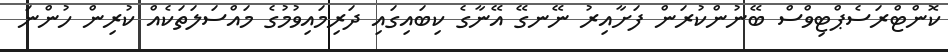
ކޮންޓްރަސެޕްޓިވްސް ބޭނުންކުރަން ފަށާއިރު ނޭނގޭ އޭނާގެ ކިބައިގައި ދަރިމައިވުމުގެ މައްސަލަތަކެއް ކުރިން ހުންނަ